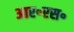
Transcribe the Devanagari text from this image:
आर॰एस॰